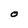
Character: O